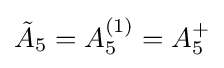
{\tilde {A}}_{5}=A_{5}^{(1)}=A_{5}^{+}